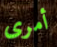
أمرى